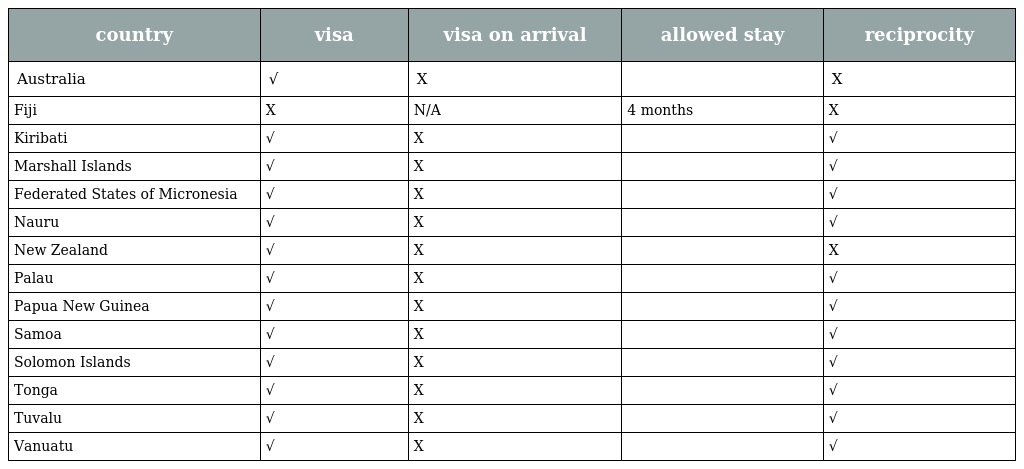
| country | visa | visa on arrival | allowed stay | reciprocity |
 | --- | --- | --- | --- | --- |
 | Australia | √ | X |  | X |
 | Fiji | X | N/A | 4 months | X |
 | Kiribati | √ | X |  | √ |
 | Marshall Islands | √ | X |  | √ |
 | Federated States of Micronesia | √ | X |  | √ |
 | Nauru | √ | X |  | √ |
 | New Zealand | √ | X |  | X |
 | Palau | √ | X |  | √ |
 | Papua New Guinea | √ | X |  | √ |
 | Samoa | √ | X |  | √ |
 | Solomon Islands | √ | X |  | √ |
 | Tonga | √ | X |  | √ |
 | Tuvalu | √ | X |  | √ |
 | Vanuatu | √ | X |  | √ |